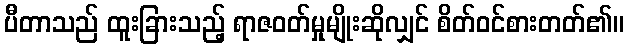
ပီတာသည် ထူးခြားသည့် ရာဇဝတ်မှုမျိုးဆိုလျှင် စိတ်ဝင်စားတတ်၏။